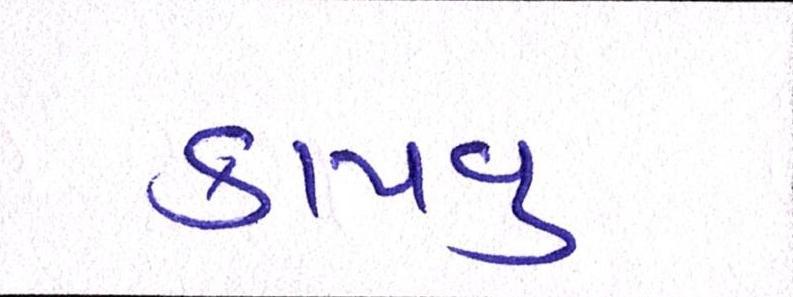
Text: કાપવુ